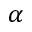
\alpha